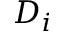
D _ { i }